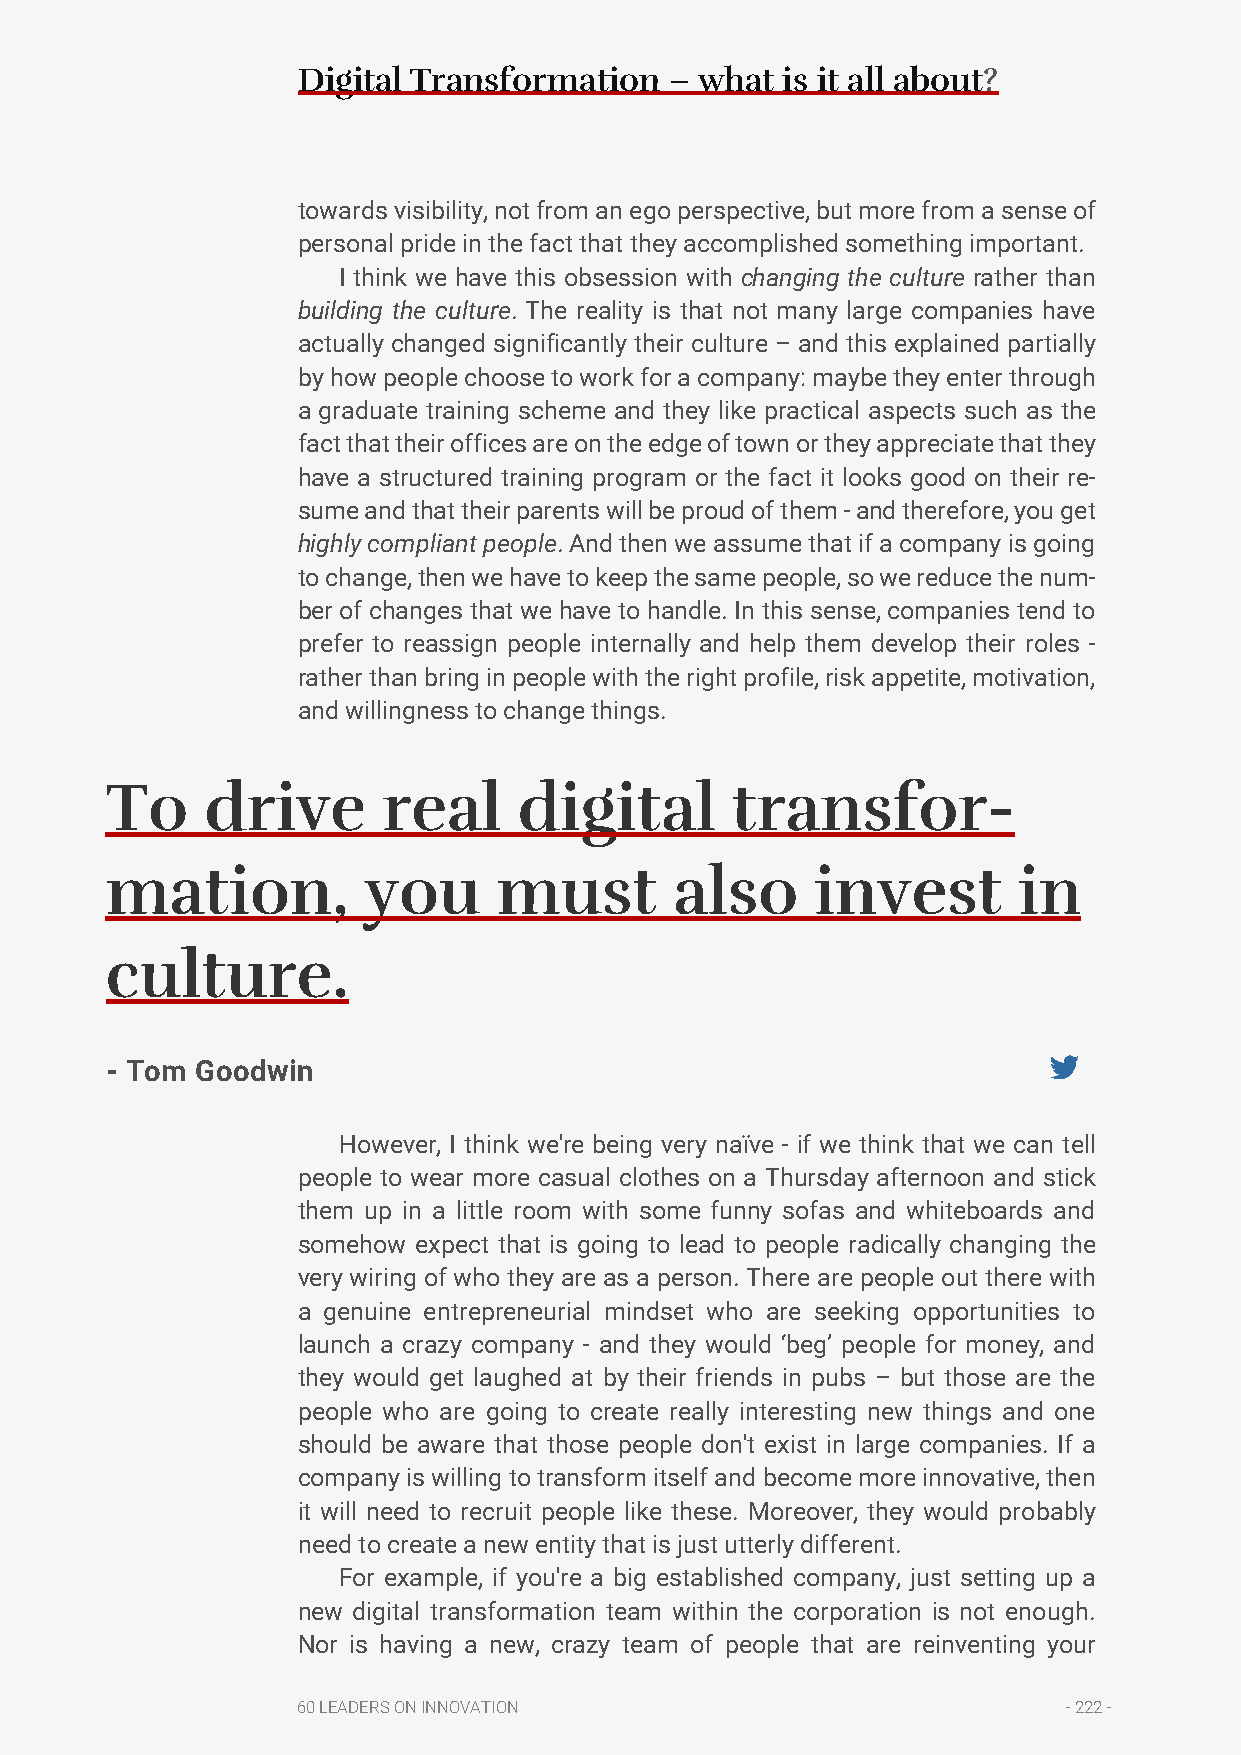
Digital Transformation  – what  is it all about?
 towards visibility, not from an ego perspective, but more from a sense of
 personal pride in the fact that they accomplished something important.
 I think we have this obsession with changing the culture rather than
 building the culture. The reality is that not many large companies have
 actually changed significantly their culture – and this explained partially
 by how people choose to work for a company: maybe they enter through
 a graduate training scheme and they like practical aspects such as the
 fact that their offices are on the edge of town or they appreciate that they
 have a structured training program or the fact it looks good on their re-
 sume and that their parents will be proud of them - and therefore, you get
 highly compliant people. And then we assume that if a company is going
 to change, then we have to keep the same people, so we reduce the num-
 ber of changes that we have to handle. In this sense, companies tend to
 prefer to reassign people internally and help them develop their roles -
 rather than bring in people with the right profile, risk appetite, motivation,
 and willingness to change things.
 To     drive      real     digital       transfor-
 mation,          you      must        also     invest       in
 culture.
 - Tom Goodwin
 However, I think we're being very naïve - if we think that we can tell
 people to wear more casual clothes on a Thursday afternoon and stick
 them up in a little room with some funny sofas and whiteboards and
 somehow expect that is going to lead to people radically changing the
 very wiring of who they are as a person. There are people out there with
 a genuine entrepreneurial mindset who are seeking opportunities to
 launch a crazy company - and they would ‘beg’ people for money, and
 they would get laughed at by their friends in pubs – but those are the
 people who are going to create really interesting new things and one
 should be aware that those people don't exist in large companies. If a
 company is willing to transform itself and become more innovative, then
 it will need to recruit people like these. Moreover, they would probably
 need to create a new entity that is just utterly different.
 For example, if you're a big established company, just setting up a
 new digital transformation team within the corporation is not enough.
 Nor is having a new, crazy team of people that are reinventing your
 60 LEADERS ON INNOVATION                           - 222 -